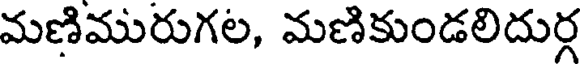
మణిమురుగల, మణికుండలిదుర్గ